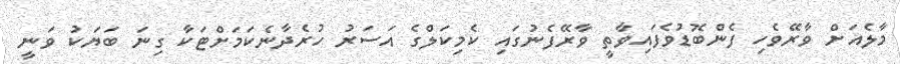
މާލެއަށް ވާރޭވެހި ފެންބޮޑުވެފައިވާތީ ވާރޭފެނުގައި ކެމިކަލްގެ އަސަރު ހުރެދާނެކަމަށްޓަކާ ގިނަ ބަޔަކު ވަނީ